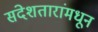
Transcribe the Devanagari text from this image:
संदेशतारांमधून